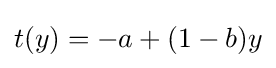
t(y)=-a+(1-b)y